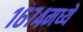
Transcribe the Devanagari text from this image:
१६७४मध्ये